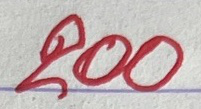
200